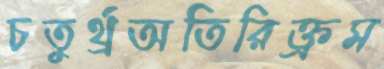
চতুর্থ্রঅতিরিক্ত্রম